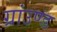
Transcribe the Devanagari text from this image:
ग्रांउण्ड